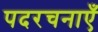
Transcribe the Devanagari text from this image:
पदरचनाएँ